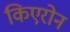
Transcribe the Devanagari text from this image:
किएरोन